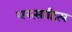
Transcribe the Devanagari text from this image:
शरत्साहित्य